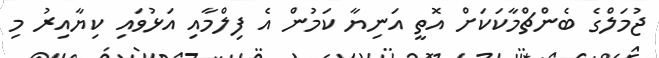
ޖުމަލްގެ ބެންޗްމާކަކަށް އޮތީ އަނިޔާ ކަމުން އެ ފިލްމާއި އަޅުވައި ކިޔާއިރު މި